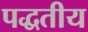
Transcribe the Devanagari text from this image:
पद्धतीय